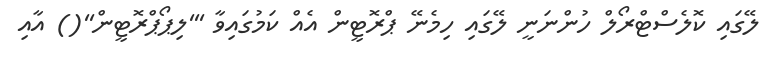
ލޭގައި ކޮލެސްޓްރޯލް ހުންނަނީ ލޭގައި ހިމެނޭ ޕްރޮޓީން އެއް ކަމުގައިވާ '''ލިޕޯޕްރޮޓީން''() އާއި